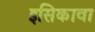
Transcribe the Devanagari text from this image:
इसिकावा